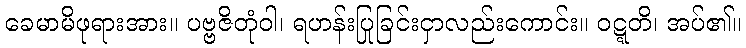
ခေမာမိဖုရားအား။ ပဗ္ဗဇိတုံဝါ၊ ရဟန်းပြုခြင်းငှာလည်းကောင်း။ ဝဋ္ဋတိ၊ အပ်၏။